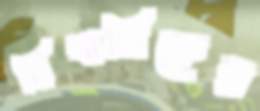
মিখালিকের